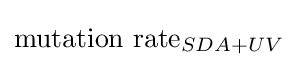
{\text{mutation rate}}_{SDA+UV}